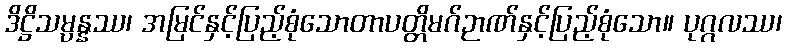
ဒိဋ္ဌိသမ္ပန္နဿ၊ အမြင်နှင့်ပြည့်စုံသောတာပတ္တိမဂ်ဉာဏ်နှင့်ပြည့်စုံသော။ ပုဂ္ဂလဿ၊